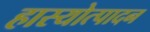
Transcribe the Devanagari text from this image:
हास्योत्पादन